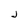
Character: J